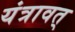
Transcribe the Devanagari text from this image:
यंत्रावत्